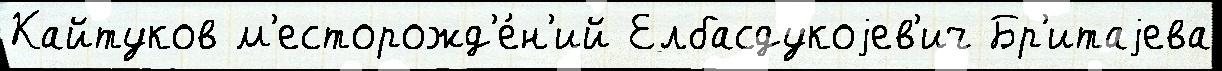
Кайтуков м'есторожд'е́н'ий Елбасдукоjев'ич Бр'итаjева